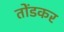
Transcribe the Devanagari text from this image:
तोंडकर